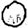
Digit: 0